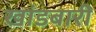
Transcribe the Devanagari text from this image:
खांडबारी